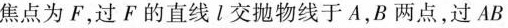
焦点为F，过F的直线 l 交抛物线于A，B两点，过AB